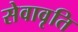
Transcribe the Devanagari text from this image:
सेवावृति